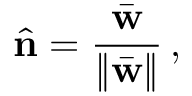
\hat { \bf n } = \frac { \bar { \bf w } } { \| \bar { \bf w } \| } \, ,